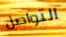
التواصل